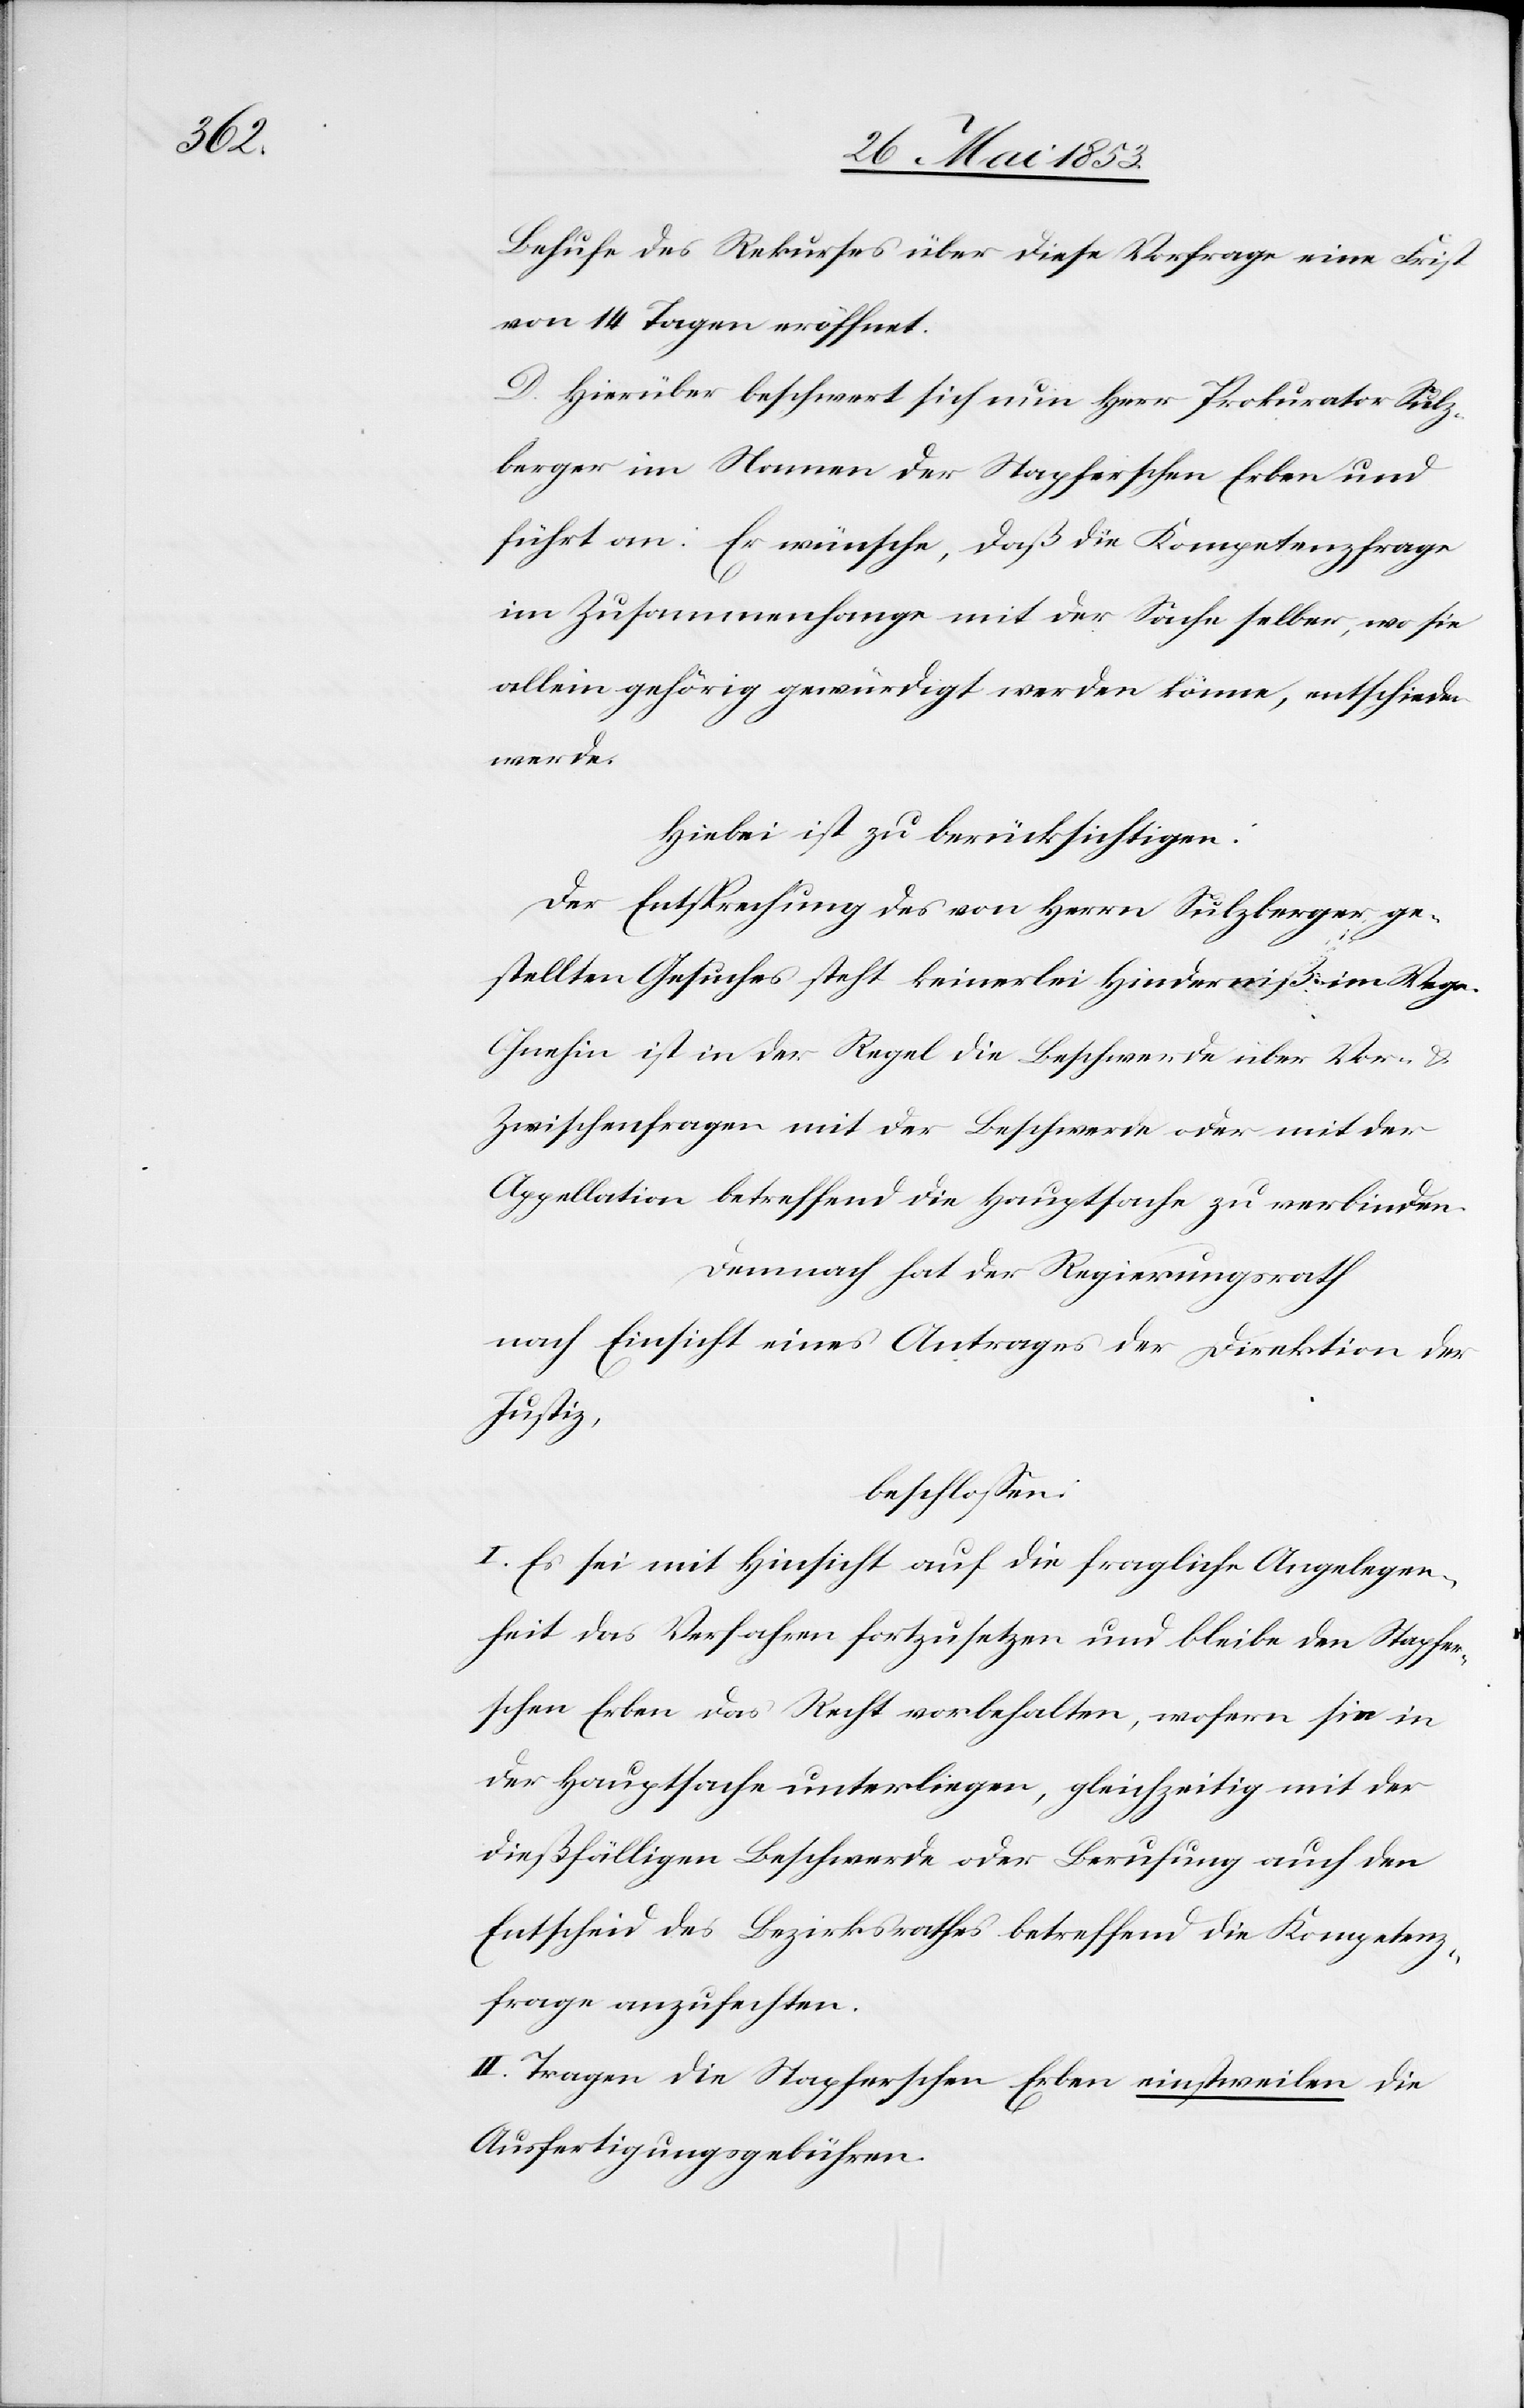
Behufe des Rekurses über diese Vorfrage eine Frist
von 14 Tagen eröffnet.
D. Hierüber beschwert sich nun Herr Prokurator Sulz¬
berger im Namen der Stapferschen Erben und
führt an: Er wünsche, daß die Kompetenzfrage
im Zusammenhange mit der Sache selber, wo sie
allein gehörig gewürdigt werden könne, entschieden
werde.
Hiebei ist zu berücksichtigen:
Der Entsprechung des von Herrn Sulzberger ge¬
stellten Gesuches steht keinerlei Hinderniß im Wege.
Ohnehin ist in der Regel die Beschwerde über Vor- u.
Zwischenfragen mit der Beschwerde oder mit der
Appellation betreffend die Hauptsache zu verbinden.
Demnach hat der Regierungsrath
nach Einsicht eines Antrages der Direktion der
Justiz,
beschloßen:
I. Es sei mit Hinsicht auf die fragliche Angelegen¬
heit das Verfahren fortzusetzen und bleibe den Stapfer¬
schen Erben das Recht vorbehalten, wofern sie in
der Hauptsache unterliegen, gleichzeitig mit der
dießfälligen Beschwerde oder Berufung auch den
Entscheid des Bezirksrathes betreffend die Kompetenz¬
frage anzufechten.
II. Tragen die Stapferschen Erben einstweilen die
Ausfertigungsgebühren.